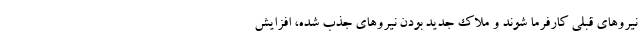
نیروهای قبلی کارفرما شوند و ملاک جدید بودن نیروهای جذب شده، افزایش